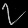
Digit: ၇